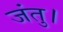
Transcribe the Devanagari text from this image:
जंतु।